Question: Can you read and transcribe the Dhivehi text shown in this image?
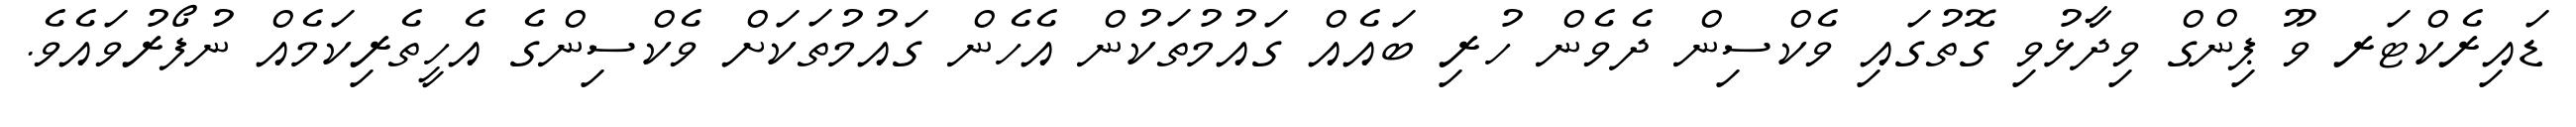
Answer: ޑައިރެކްޓަރ ވޫ ޕިންގް ވިދާޅުވި ގޮތުގައި ވެކްސިން ދެވެން ހުރި ބައެއް ގައުމުތަކުން އެހެން ގައުމުތަކަށް ވެކްސިންގެ އެހީތެރިކަމެއް ނުފޯރުވައެވެ.